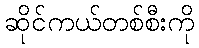
ဆိုင်ကယ်တစ်စီးကို